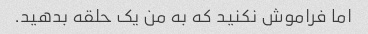
اما فراموش نکنید که به من یک حلقه بدهید.